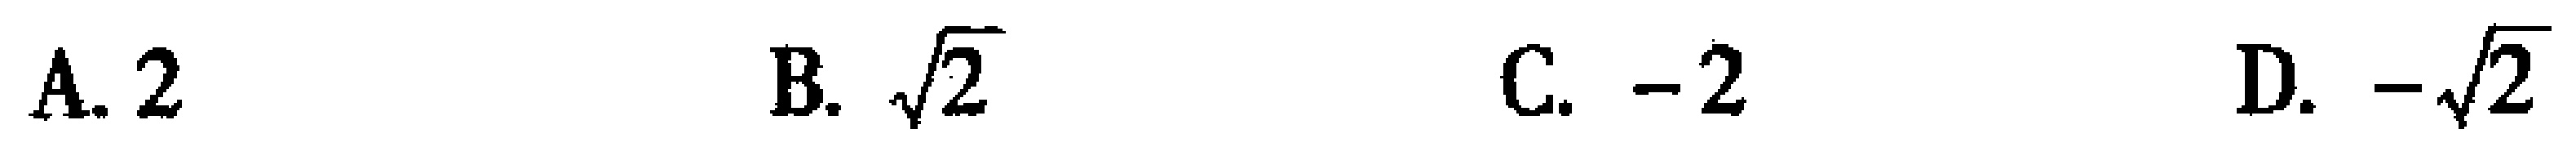
A. $2$  B. $\sqrt{2}$  C. $-2$  D. $-\sqrt{2}$